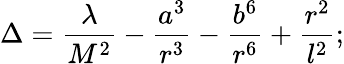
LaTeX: \Delta=\frac{\lambda}{M^{2}}-\frac{a^{3}}{r^{3}}-\frac{b^{6}}{r^{6}}+\frac{r^{2}}{l^{2}};